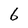
Character: 6